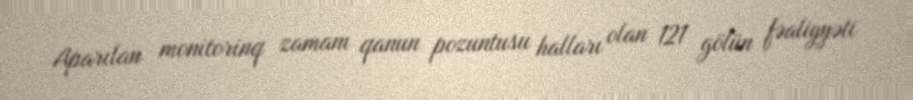
Aparılan monitorinq zamanı qanun pozuntusu halları olan 121 gölün fəaliyyəti